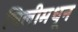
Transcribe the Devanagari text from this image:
चिलीमधून